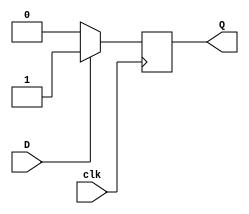
// D flip flop in verilog using behavioural modeling

module D_flip_flop(D, clk , Q);
  
  input D, clk;
  
  output reg Q;
  
  always @(posedge clk)
  
    if(D==1)
      Q <= 1;
  
  else if(D==0)
      Q <= 0;
    
  	else 
      Q <= Q;
     
endmodule